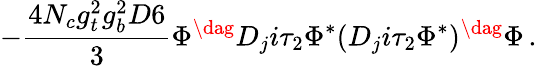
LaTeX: -\frac{4N_{c}g_{t}^{2}g_{b}^{2}D6}{3}\Phi^{\dag}D_{j}i\tau_{2}\Phi^{*}(D_{j}i\tau_{2}\Phi^{*})^{\dag}\Phi\, .